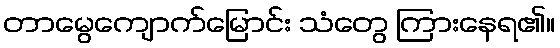
တာမွေကျောက်မြောင်း သံတွေ ကြားနေရ၏။